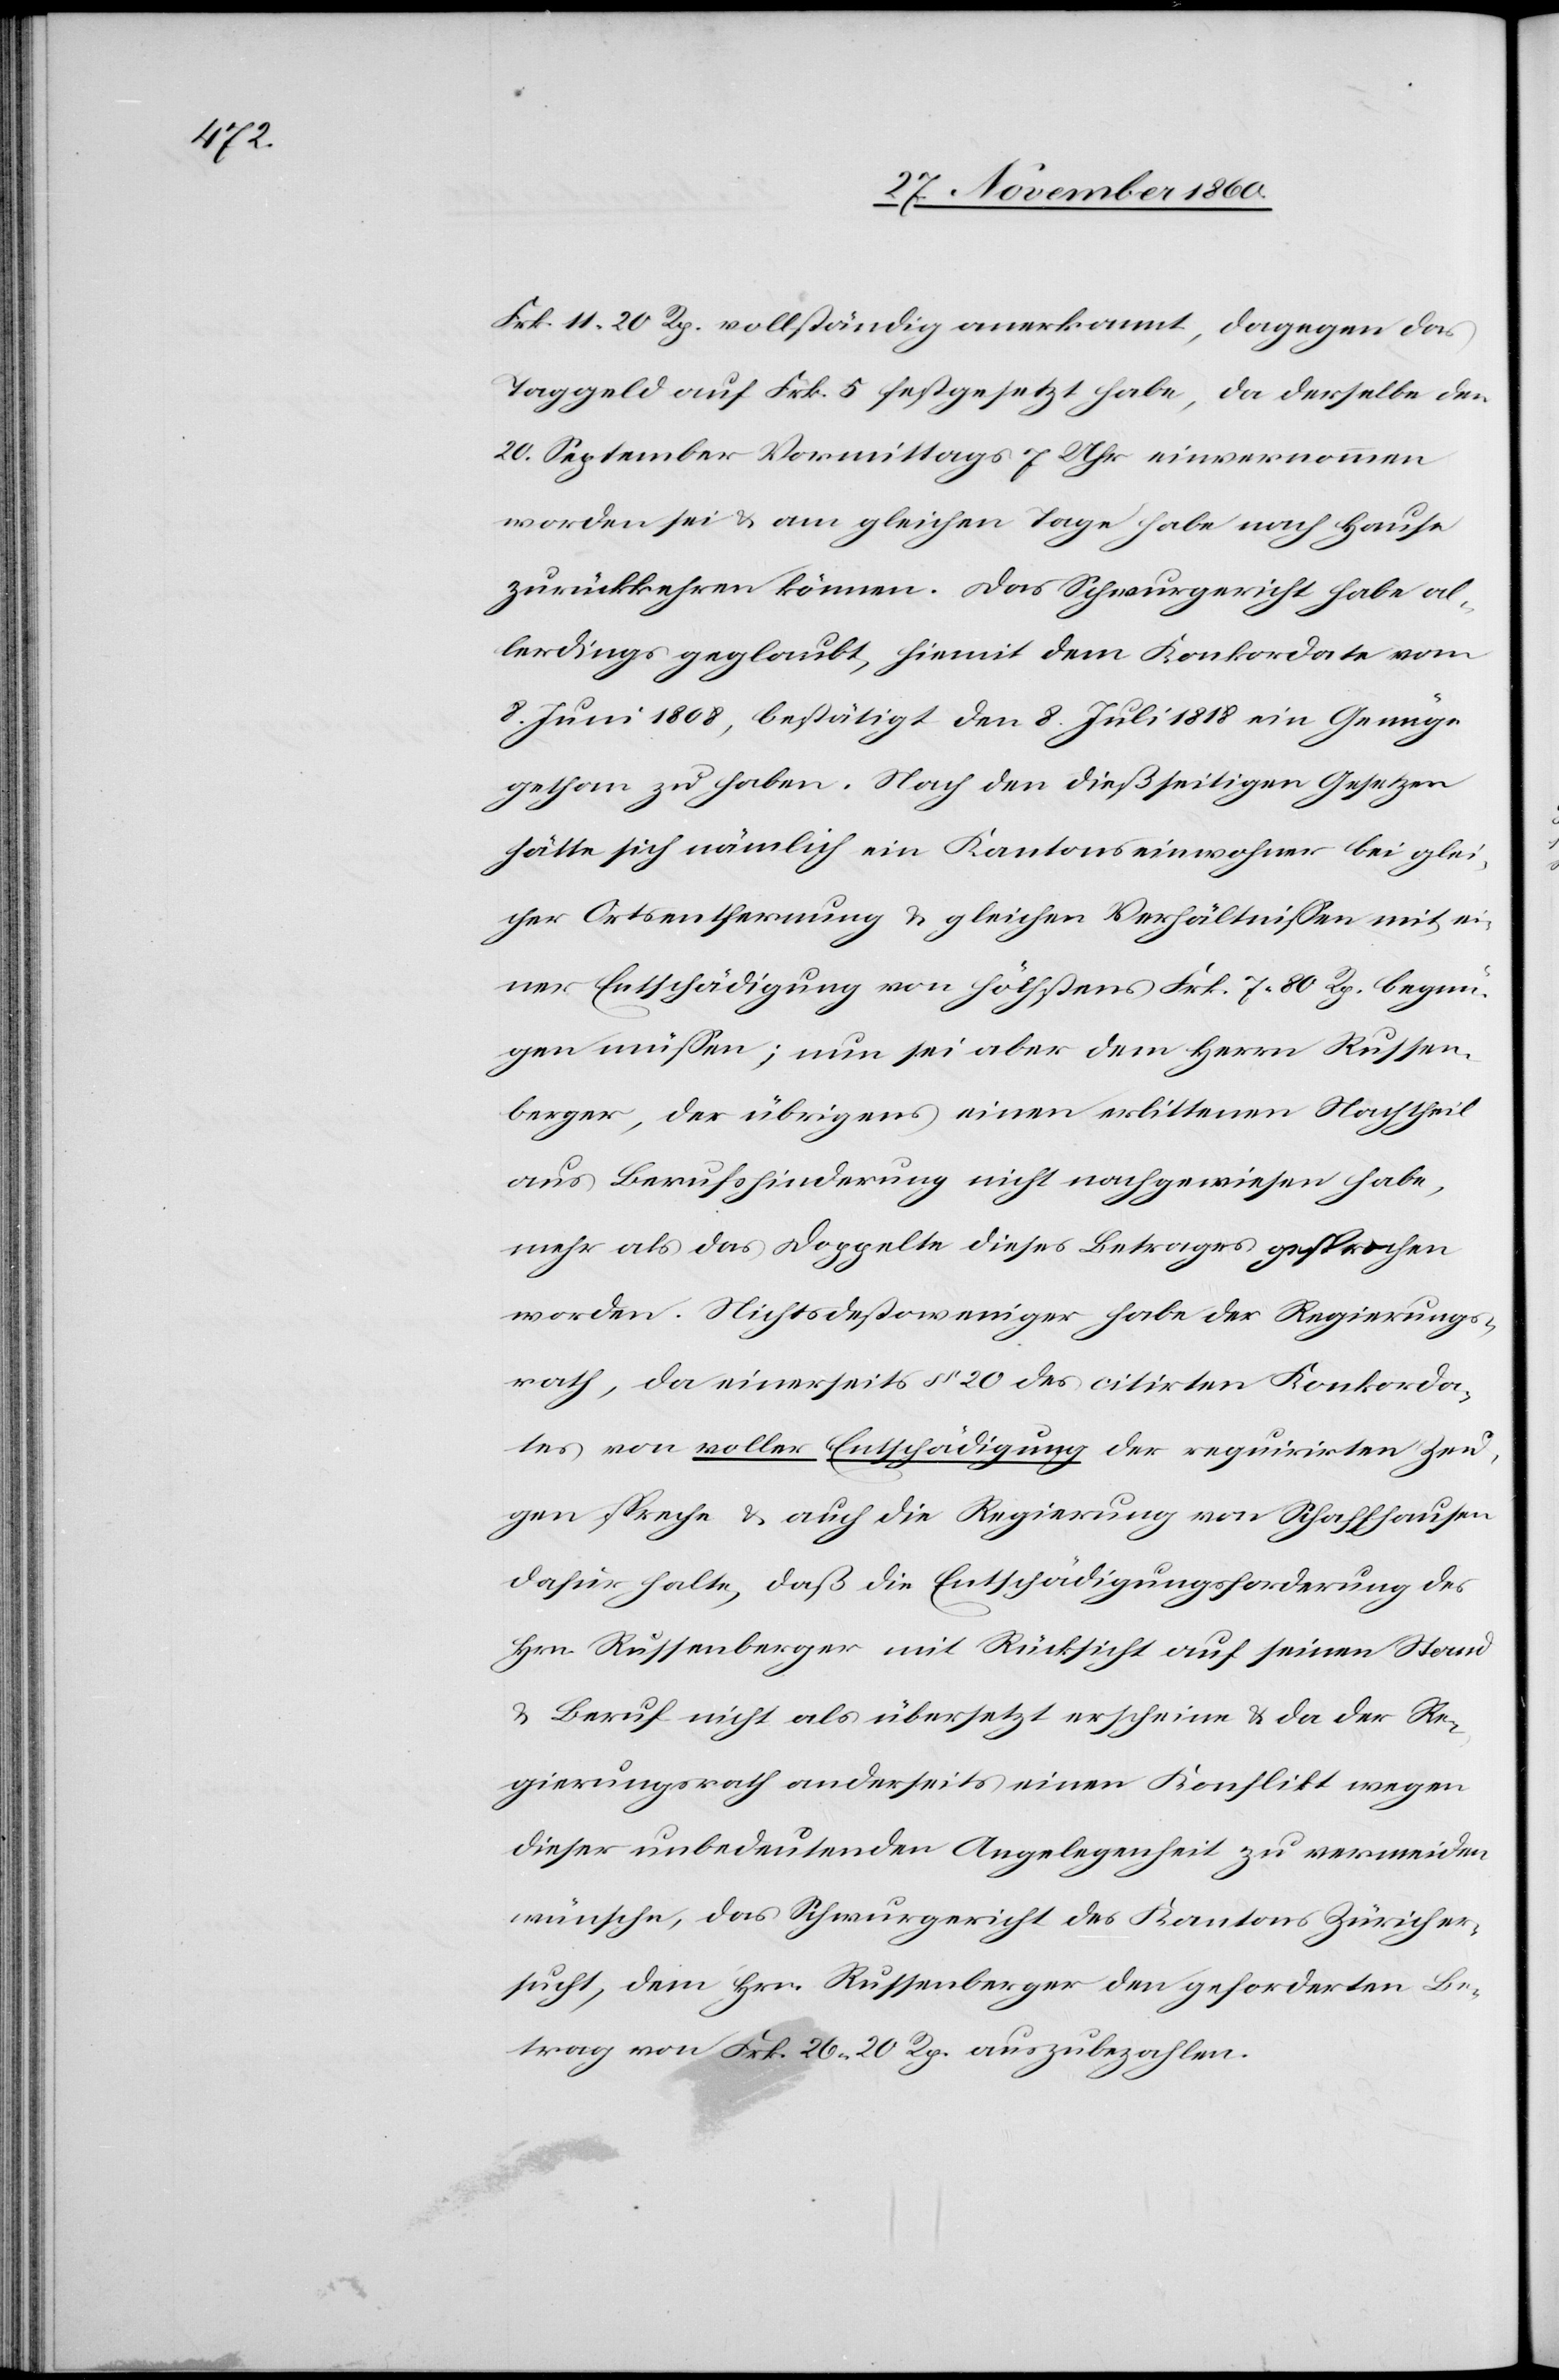
Frk. 11 20 Rp. vollständig anerkannt, dagegen das
Taggeld auf Frk. 5 festgesetzt habe, da derselbe den
20. September Vormittags 7 Uhr einvernommen
worden sei u. am gleichen Tage habe nach Hause
zurückkehren können. Das Schwurgericht habe al¬
lerdings geglaubt, hiemit dem Konkordate vom
8. Juni 1808, bestätigt den 8. Juli 1818 ein Genüge
gethan zu haben. Nach den dießseitigen Gesetzen
hätte sich nämlich ein Kantonseinwohner bei glei¬
cher Ortsentfernung u. gleichen Verhältnissen mit ei¬
ner Entschädigung von höchstens Frk. 7 80 Rp. begnü¬
gen müssen; nun sei aber dem Herrn Russen¬
berger, der übrigens einen erlittenen Nachtheil
aus Berufshinderung nicht nachgewiesen habe,
mehr als das Doppelte dieses Betrages gesprochen
worden. Nichtsdestoweniger habe der Regierungs¬
rath, da einerseits § 20 des citirten Konkorda¬
tes von voller Entschädigung der requirirten Zeu¬
gen spreche u. auch die Regierung von Schaffhausen
dafür halte, daß die Entschädigungsforderung des
Hrn. Russenberger mit Rücksicht auf seinen Stand
u. Beruf nicht als übersetzt erscheine u. da der Re¬
gierungsrath anderseits einen Konflikt wegen
dieser unbedeutenden Angelegenheit zu vermeiden
wünsche, das Schwurgericht des Kantons Zürich er¬
sucht, dem Hrn. Russenberger den geforderten Be¬
trag von Frk. 26 20 Rp. auszubezahlen.